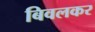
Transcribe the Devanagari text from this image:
बिवलकर